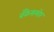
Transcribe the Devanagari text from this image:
बँकेसमोर